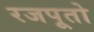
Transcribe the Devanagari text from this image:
रजपूतो